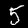
Label: 5